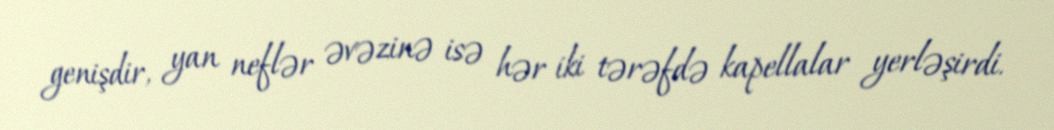
genişdir, yan neflər əvəzinə isə hər iki tərəfdə kapellalar yerləşirdi.